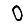
Digit: 0